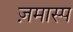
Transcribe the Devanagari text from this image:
ज़मास्प